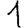
Digit: 1